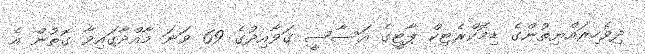
ދިވެހިރައްޔިތުންގެ ޑިމޮކްރެޓިކް ޕާޓީގެ އަސާސީ ޤަވާއިދުގެ 69 ވަނަ މާއްދާގައިވާ ގޮތުން އެ